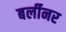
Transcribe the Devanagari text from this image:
बर्लीनर